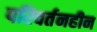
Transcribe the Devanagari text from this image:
परिवर्तनहीन